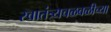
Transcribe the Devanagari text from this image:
स्वातंत्र्यचळवळीच्या